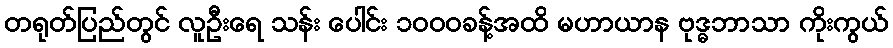
တရုတ်ပြည်တွင် လူဦးရေ သန်း ပေါင်း ၁၀၀၀ခန့်အထိ မဟာယာန ဗုဒ္ဓဘာသာ ကိုးကွယ်